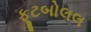
ફૂટબોલલ